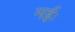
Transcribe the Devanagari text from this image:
मईः